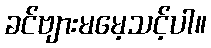
ခင်ဗျားမမေ့သင့်ပါ။